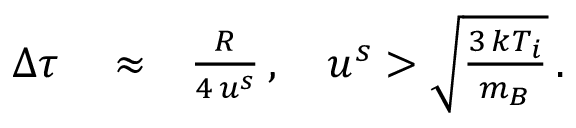
\begin{array} { r l r } { \Delta \tau } & { { } \approx } & { \frac { R } { 4 \, u ^ { s } } \, , \quad u ^ { s } > \sqrt { \frac { 3 \, k T _ { i } } { m _ { B } } } \, . } \end{array}